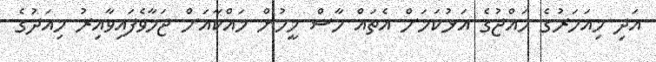
އަދި މިއަހަރުގެ ހައްޖުގެ އަޅުކަމަށް އެތައް ހާސް މީހުން މައްކާއަށް ޖަމާވެފައިވާއިރު މިއަދުގެ